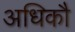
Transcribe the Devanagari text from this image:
अधिकौ